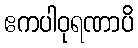
ဧကပါဝုရဏာပိ